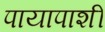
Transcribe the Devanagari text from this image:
पायापाशीं